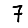
Digit: 7